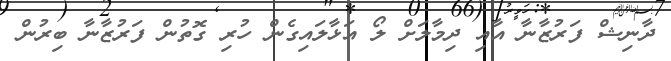
ދާނިޝް ފަރުޒާނާ އާއި ދިމާލަށް ލޯ އަޅާލައިގެން ހުރި ގޮތުން ފަރުޒާނާ ބިރުން